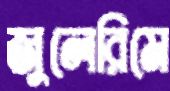
জুলেরিমে